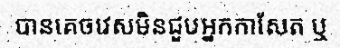
បានគេចវេសមិនជួបអ្នកកាសែត ឬ